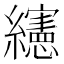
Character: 𰫸